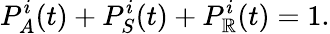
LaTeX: P_{A}^{i}(t)+P_{S}^{i}(t)+P_{\mathbb{R}}^{i}(t)=1.